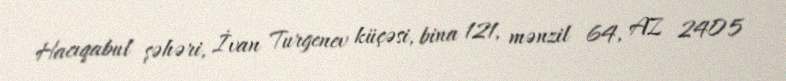
Hacıqabul şəhəri, İvan Turgenev küçəsi, bina 121, mənzil 64, AZ 2405